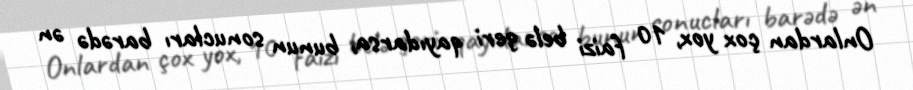
Onlardan çox yox, 10 faizi belə geri qayıdarsa, bunun sonucları barədə ən